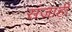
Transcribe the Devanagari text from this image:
संजाही